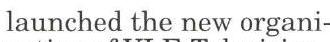
launched the new organi-